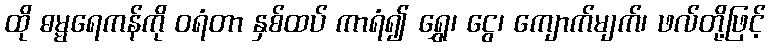
ထို ဓမ္မရေကန်ကို ဝရံတာ နှစ်ထပ် ကာရံ၍ ရွှေ၊ ငွေ၊ ကျောက်မျက်၊ ဖလ်တို့ဖြင့်